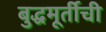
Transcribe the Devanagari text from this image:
बुद्धमूर्तीची